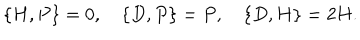
LaTeX: \{ H , P \} = 0 , \{ D , P \} = P , \{ D , H \} = 2 H .